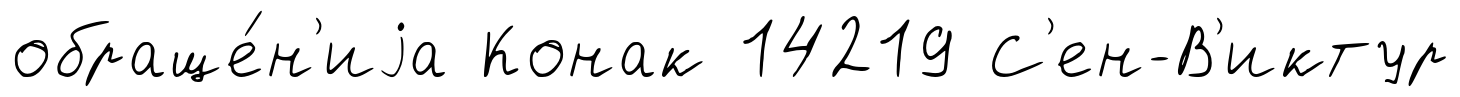
обраще́н'иjа Конак 14219 С'ен-В'иктур